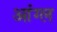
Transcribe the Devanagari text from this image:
आंग्‍ल